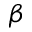
\beta